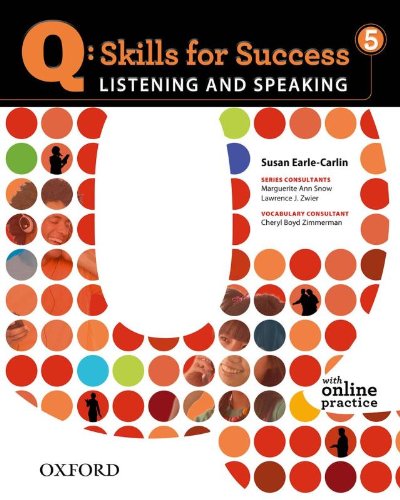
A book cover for Q: Skills for Success 5 Listening & Speaking Student Book with Student Access Code Card; Susan Earle-Carlin; Test Preparation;